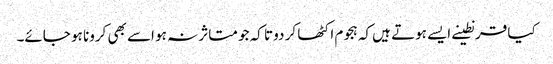
کیا قرنطینے ایسے ہوتے ہیں کہ ہجوم اکٹھا کر دو تا کہ جو متاثر نہ ہو اسے بھی کرونا ہو جائے۔